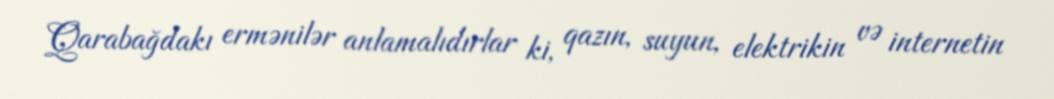
Qarabağdakı ermənilər anlamalıdırlar ki, qazın, suyun, elektrikin və internetin